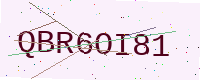
Text: QBR6OI81